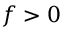
f > 0